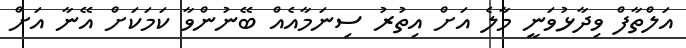
އަލްތާފް ވިދާޅުވަނީ މާލެ އަށް އިތުރު ސިނަމާއެއް ބޭނުންވާ ކަމަކަށް އޭނާ އަށް